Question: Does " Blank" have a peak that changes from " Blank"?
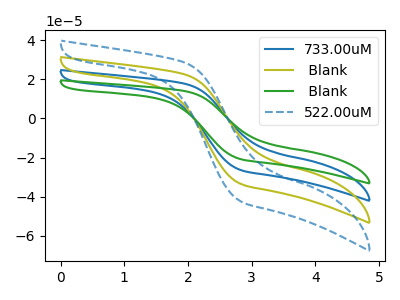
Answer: <think>The blue curve "733.00uM" has no peaks. The olive curve " Blank" has no peaks. The green curve " Blank" has no peaks. The blue dashed curve "522.00uM" has no peaks.
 Neither " Blank" or " Blank" have any peaks.</think>
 <answer>No, " Blank" and " Blank" don't appear to be significantly different in shape</answer>
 <eval>no_change</eval>